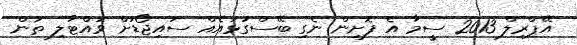
އޭޕްރިލް 2013 ސީމާ އެ ފޮށިން ނެގި ބޭސްގުޅައެއް ސައިޖޯޑަށް ވައްޓާލި ތަން